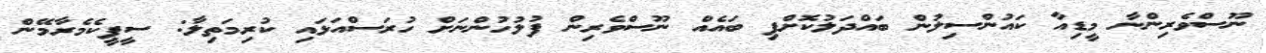
ނޫސްވެރިންނާ މީޑިއާ ކައުންސިލުން ބައްދަލުކޮށްފި ބައެއް ނޫސްވެރިން ފުލުހުންނަށް ހުރަސްއަޅައި ކުރިމަތިލާ: ސީޕީކެމެރާމޭން